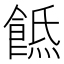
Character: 𩜡